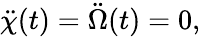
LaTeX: \ddot{\chi}(t)=\ddot{\Omega}(t)=0,